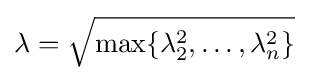
\lambda ={\sqrt {\max\{\lambda _{2}^{2},\dots ,\lambda _{n}^{2}\}}}